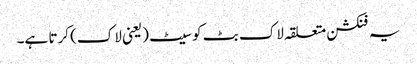
یہ فنکشن متعلقہ لاک بٹ کو سیٹ (یعنی لاک) کرتا ہے۔